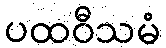
ပထဝီသမံ